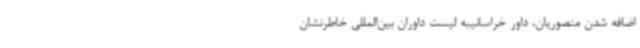
اضافه شدن منصوریان، داور خراسانیبه لیست داوران بین‌المللی خاطرنشان